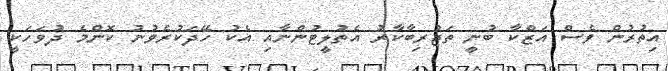
އިތުރުން ވެސް އަޒްކާ ބުނީ ތަޖުރިބާކާރު އެތުލީޓުންނާއި އެކު ހޭދަކުރެވުނު ކޮންމެ ދުވަހަކީ